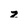
Character: z